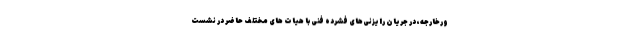
ورخارجه، در جریان رایزنی‌های فشرده فنی با هیات های مختلف حاضر در نشست